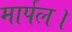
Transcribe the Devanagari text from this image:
मार्पल।